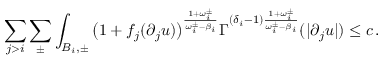
\sum _ { j > i } \sum _ { \pm } \int _ { B _ { i } , \pm } \big ( 1 + f _ { j } ( \partial _ { j } u ) \big ) ^ { \frac { 1 + \omega _ { i } ^ { \pm } } { \omega _ { i } ^ { \pm } - \beta _ { i } } } \Gamma ^ { ( \delta _ { i } - 1 ) \frac { 1 + \omega _ { i } ^ { \pm } } { \omega _ { i } ^ { \pm } - \beta _ { i } } } ( | \partial _ { j } u | ) \leq c \, .